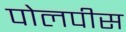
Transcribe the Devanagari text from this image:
पोलपीस